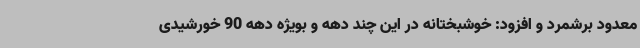
معدود برشمرد و افزود: خوشبختانه در این چند دهه و بویژه دهه 90 خورشیدی